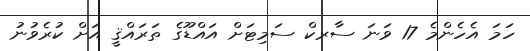
ހަމަ އެހެންމެ 17 ވަނަ ސާރކް ސަމިޓަށް އައްޑޫގެ ތަރައްޤީ އަށް ކުރެވުނު